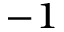
^ { - 1 }